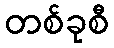
တစ်ခုစီ